Report on sanitation, dispensaries, and jails in Rajputana for 1915, and on vaccination for the year 1915-1916 - 1915-1916
Year: 1915
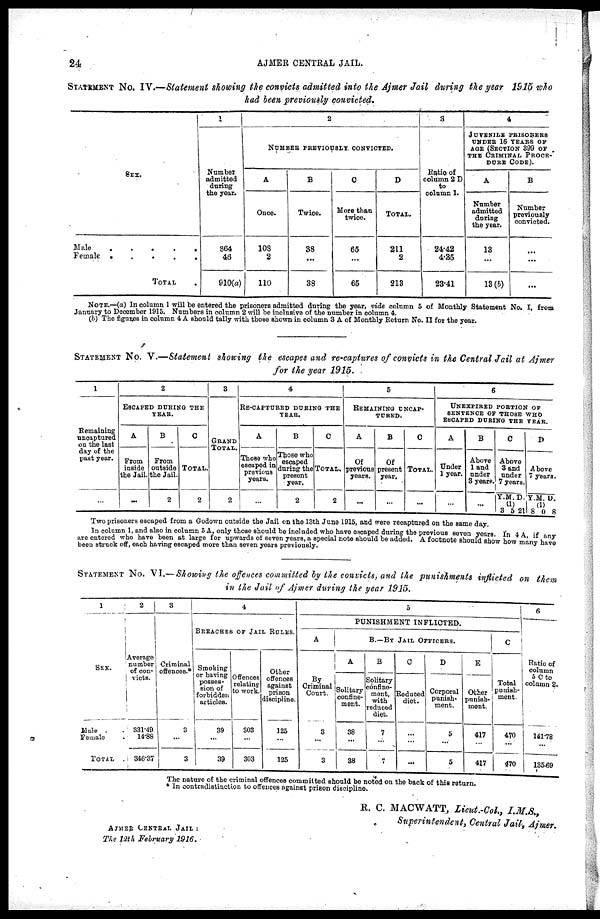
24
AJMER CENTRAL JAIL.
STATEMENT No. IV.—Statement showing the convicts admitted into the Ajmer Jail during the year 1915 who
had been previously convicted.
SEX
Male . . . . .
Female . . . . .
Total.
1
Number
admitted
during
the year.
864
46
910(a)
2
NUMBER PREVIOUSLY CONVICTED.
A
Once.
108
2
110
B
Twice.
38
...
38
C
More than
twice.
65
...
65
D
TOTAL.
211
2
213
3
Ratio of
column 2 D
to
column 1.
24.42
4.35
28.41
4
JUVENILE PRISONERS
UNDER 16 YEARS OF
AGE (SECTION 399 OF
THE CRIMINAL PROCE¬
DURE CODE).
A
Number
admitted
during
the year.
13
...
13(b)
B
Nnmber
previously
convicted.
...
...
...
NOTE.—(a) In column 1 will be entered the prisoners admitted during the year, vide column 5 of Monthly Statement No. I, from
January to December 1915. Numbers in column 2 will be inclusive of the number in column 4.
(b) The figures in column 4 A should tally with those shown in column 3 A of Monthly Return No. II for the year.
STATEMENT No. V.—Statement showing the escapes and re-captures of convicts in the Central Jail at Ajmer
for the year 1915.
1
Remaining
uncaptured
on the last
day of the
past year.
...
2
ESCAPED DURING THE
YEAR.
A
From
inside
the Jail.
...
B
From
outside
the Jail.
2
C
TOTAL.
2
3
GRAND
TOTAL.
2
4
RE-CAPTURED DURING THE
YEAR.
A
Those who
escaped in
previous
years.
...
B
Those who
escaped
during the
present
year.
2
C
TOTAL.
2
5
REMAINING UNCAP¬
TURED.
A
Of
previous
years.
...
B
Of
present
year.
...
C
TOTAL.
...
6
UNEXPITRED PORTION OF
SENTENCE OF THOSE WHO
ESCAPED DURING THE YEAR.
A
Under
1 year.
...
B
Above
3 and
under
3 years.
...
C
Above
3 and
under
7 years
Y. M. D.
(1)
3 5 21
D
Above
7 years.
Y. M. D.
(1)
8 0 8
Two prisoners escaped from a Godown outside the Jail on the 13th June 1915, and were recaptured on the same day.
In column 1. and also in column 5 A. only those should be included who have escaped during the previous seven years. In 4 A. if any
are entered who have been at large for upwards of seven years, a special note should be added. A footnote should show how many have
been struck off, each having escaped more than seven years previously.
STATEMENT NO. VI.— Showing the offences committed by the convicts, and the punishments inflicted on them
in the Jail of Ajmer during the year 1915.
1
SEX.
Male . .
Female .
TOTAL .
2
Average
number
of con-
victs.
331.49
14.88
346.37
3
Criminal
offences.*
3
...
3
4
BREACHES OF JAIL RULES.
Smoking
or having
posses-
sion of
forbidden
articles.
39
...
39
Offences
relating
to work.
303
...
303
Other
offences
against
prison
discipline.
125
...
125
5
PUNISHMENT INFLICTED.
A
By
Criminal
Court.
3
...
3
B.—By Jail Officers.
A
Solitary
confine-
ment.
38
...
38
B
Solitary
confine-
ment,
with
reduced
diet.
7
...
7
C
Reduced
diet.
...
...
...
D
Corporal
punish-
ment.
5
...
5
E
Other
punish-
ment.
417
...
417
C
Total
punish-
ment
470
...
470
6
Ratio of
column
5 C to
column 2.
141.78
...
135.69
The nature of the criminal offences committed should be noted on the back of this return.
* In contradistinction to offences against prison discipline.
R. C. MACWATT, Lieut.-Col., I.M.S.,
Superintendent, Central Jail, Ajmer.
AJMER CENTRAL JAIL :
The 12th February
1916.